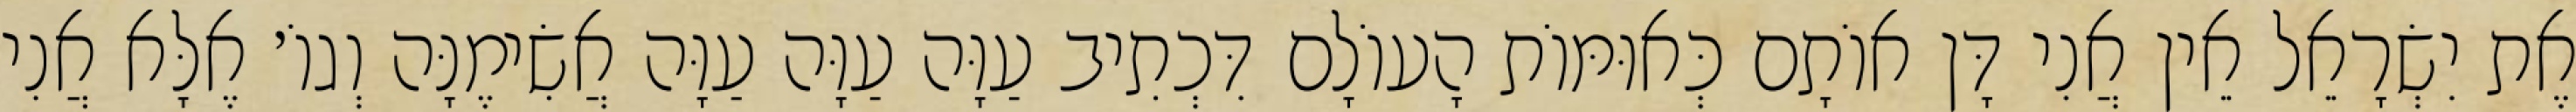
אֶת יִשְׂרָאֵל אֵין אֲנִי דָּן אוֹתָם כְּאוּמּוֹת הָעוֹלָם דִּכְתִיב עַוָּה עַוָּה עַוָּה אֲשִׂימֶנָּה וְגוֹ׳ אֶלָּא אֲנִי